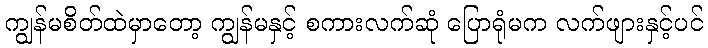
ကျွန်မစိတ်ထဲမှာတော့ ကျွန်မနှင့် စကားလက်ဆုံ ပြောရုံမက လက်ဖျားနှင့်ပင်